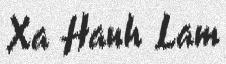
Xa Hanh Lam